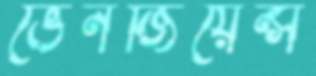
ভেনজিয়েন্স